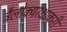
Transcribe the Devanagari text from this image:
त्रैलोक्यरक्षाकरी